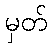
မှတ်